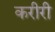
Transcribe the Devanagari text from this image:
करीरी